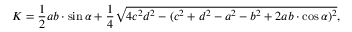
K = { \frac { 1 } { 2 } } a b \cdot \sin { \alpha } + { \frac { 1 } { 4 } } { \sqrt { 4 c ^ { 2 } d ^ { 2 } - ( c ^ { 2 } + d ^ { 2 } - a ^ { 2 } - b ^ { 2 } + 2 a b \cdot \cos { \alpha } ) ^ { 2 } } } ,